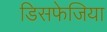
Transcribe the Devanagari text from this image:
डिसफेजिया